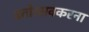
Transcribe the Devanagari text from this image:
व्रतोत्सवकरना